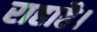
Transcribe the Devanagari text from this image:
राहाहै।